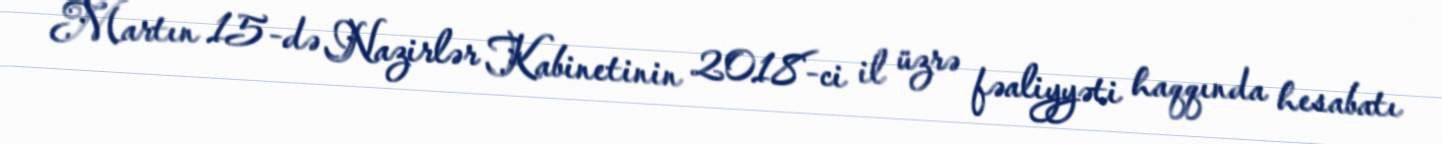
Martın 15-də Nazirlər Kabinetinin 2018-ci il üzrə fəaliyyəti haqqında hesabatı